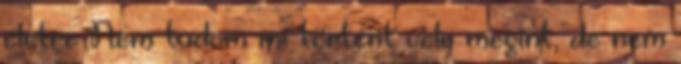
életre Nem tudom mi történt vele megint, de nem